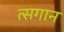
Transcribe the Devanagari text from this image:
त्सगान